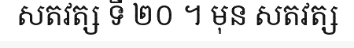
សតវត្ស ទី ២០ ។ មុន សតវត្ស